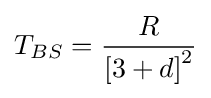
T_{BS}={\frac {R}{\left[3+d\right]^{2}}}